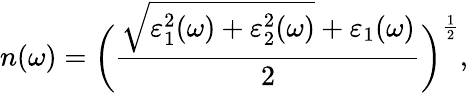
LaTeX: n(\omega)=\bigg(\frac{\sqrt{\varepsilon_{1}^{2}(\omega)+\varepsilon_{2}^{2}(\omega)}+\varepsilon_{1}(\omega)}{2}\bigg)^{\frac{1}{2}},